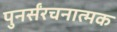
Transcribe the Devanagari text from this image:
पुनर्संरचनात्मक